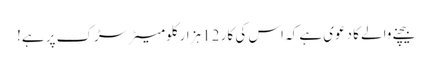
بیچنے والے کا دعوی ہے کہ اس کی کار 12 ہزار کلومیٹر سڑک پر ہے!